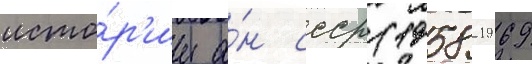
исто́р'ии а́н ссср (1958-1969